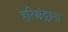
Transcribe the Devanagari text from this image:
हरिश्चंद्राना